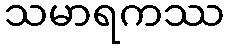
သမာရကဿ